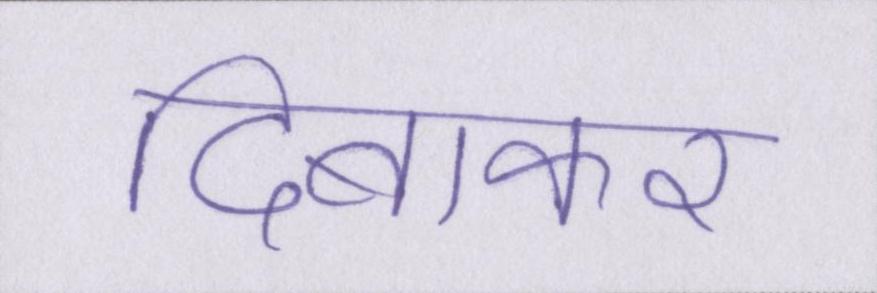
दिबाकर